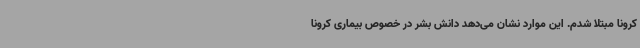
کرونا مبتلا شدم. این موارد نشان می‌دهد دانش بشر در خصوص بیماری کرونا